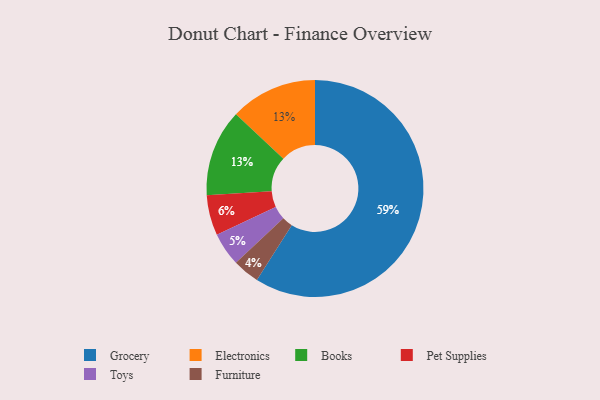
{"axis": {"x": "Category", "y": "Percentage"}, "legend": ["Books", "Electronics", "Furniture", "Grocery", "Pet Supplies", "Toys"], "data": [{"x": "Furniture", "y": 4, "type": "Furniture"}, {"x": "Pet Supplies", "y": 6, "type": "Pet Supplies"}, {"x": "Electronics", "y": 13, "type": "Electronics"}, {"x": "Toys", "y": 5, "type": "Toys"}, {"x": "Books", "y": 13, "type": "Books"}, {"x": "Grocery", "y": 59, "type": "Grocery"}]}